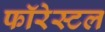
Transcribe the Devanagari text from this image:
फॉरेस्टल